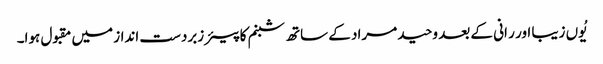
یُوں زیبا اور ر انی کے بعد وحید مراد کے ساتھ شبنم کا پیئر زبردست انداز میں مقبول ہوا۔